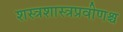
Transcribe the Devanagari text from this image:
शस्त्रशास्त्रप्रवीणश्च